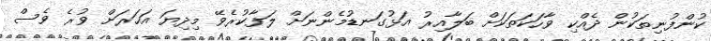
ކުންފުނިތަކުން ދެއްކި ވާހަކަތަކަށް ބަލާއިރު އަޅުގަނޑުމެންނަށް ލަފާކުރެވޭ މިދިޔަ އަހަރަށް ވުރެ ވެސް